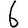
Digit: 6